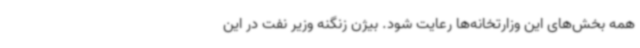
همه بخش‌های این وزارتخانه‌ها رعایت شود. بیژن زنگنه وزیر نفت در این